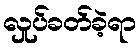
လှုပ်ခတ်ခဲ့ရာ